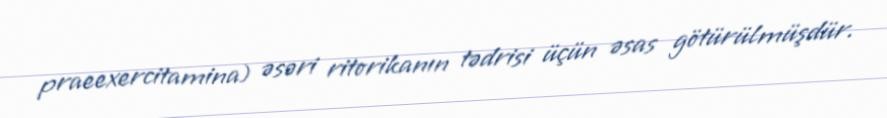
praeexercitamina) əsəri ritorikanın tədrisi üçün əsas götürülmüşdür.